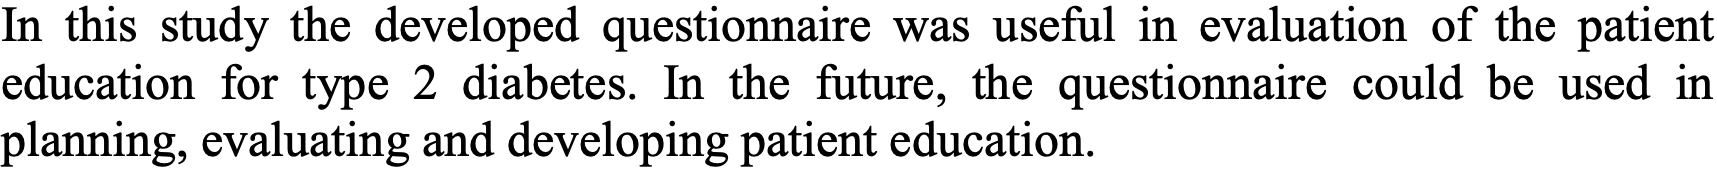
In this study the developed questionnaire was useful in evaluation of the patient education for type 2 diabetes. In the future, the questionnaire could be used in planning, evaluating and developing patient education.